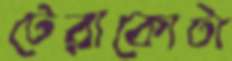
টেরাকোটা